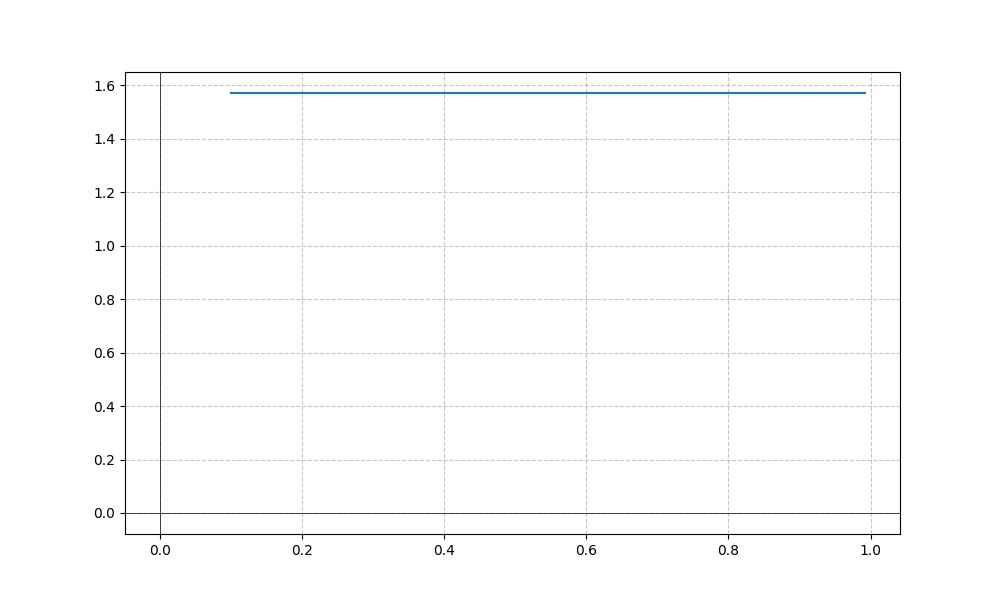
LaTeX formula: \operatorname{acos}{\left(x \right)} + \operatorname{asin}{\left(x \right)}